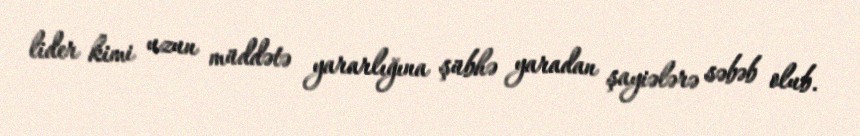
lider kimi uzun müddətə yararlığına şübhə yaradan şayiələrə səbəb olub.